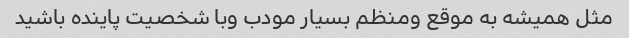
مثل همیشه به موقع ومنظم بسیار مودب وبا شخصیت پاینده باشید